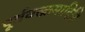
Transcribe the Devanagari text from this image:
पूर्ववत्क्रमादिति